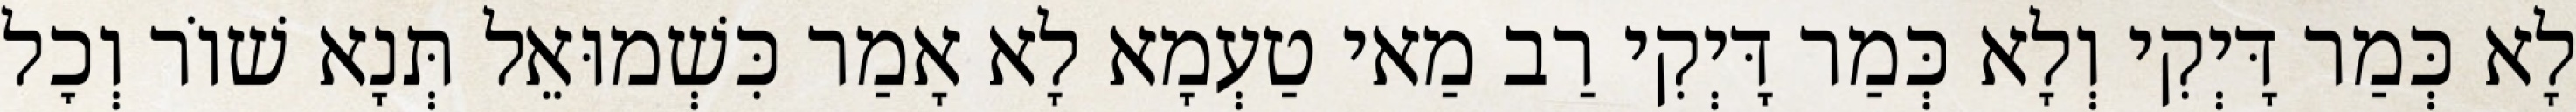
לָא כְּמַר דָּיְקִי וְלָא כְּמַר דָּיְקִי רַב מַאי טַעְמָא לָא אָמַר כִּשְׁמוּאֵל תְּנָא שׁוֹר וְכׇל